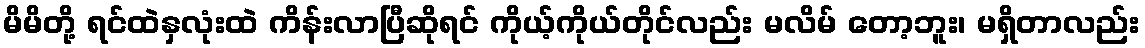
မိမိတို့ ရင်ထဲနှလုံးထဲ ကိန်းလာပြီဆိုရင် ကိုယ့်ကိုယ်တိုင်လည်း မလိမ် တော့ဘူး၊ မရှိတာလည်း